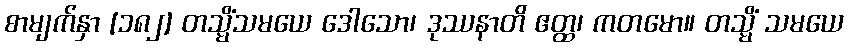
စာမျက်နှာ [၁၈၂] တသ္မိံသမယေ ဒေါသော၊ ဒုဿနာတိ ဧတ္ထ၊ ကတမော။ တသ္မိံ သမယေ